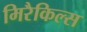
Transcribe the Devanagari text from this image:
मिरैकिल्स